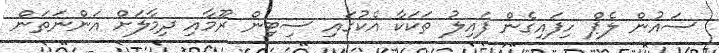
ސައުން ލެޕް ހިފައިގެން ފައިލު ތަކަކާ އެކުގައި ސިޓިން ރޫމާއި ދިމާލަށް އަންނަތަން